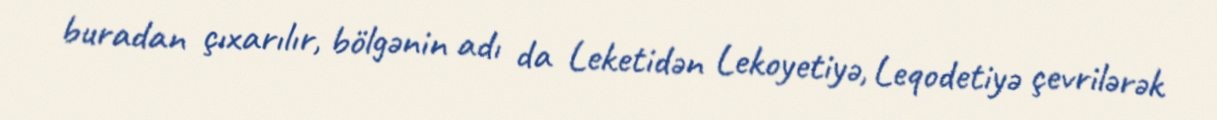
buradan çıxarılır, bölgənin adı da Leketidən Lekoyetiyə, Leqodetiyə çevrilərək